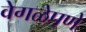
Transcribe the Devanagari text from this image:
वेगळेपणे